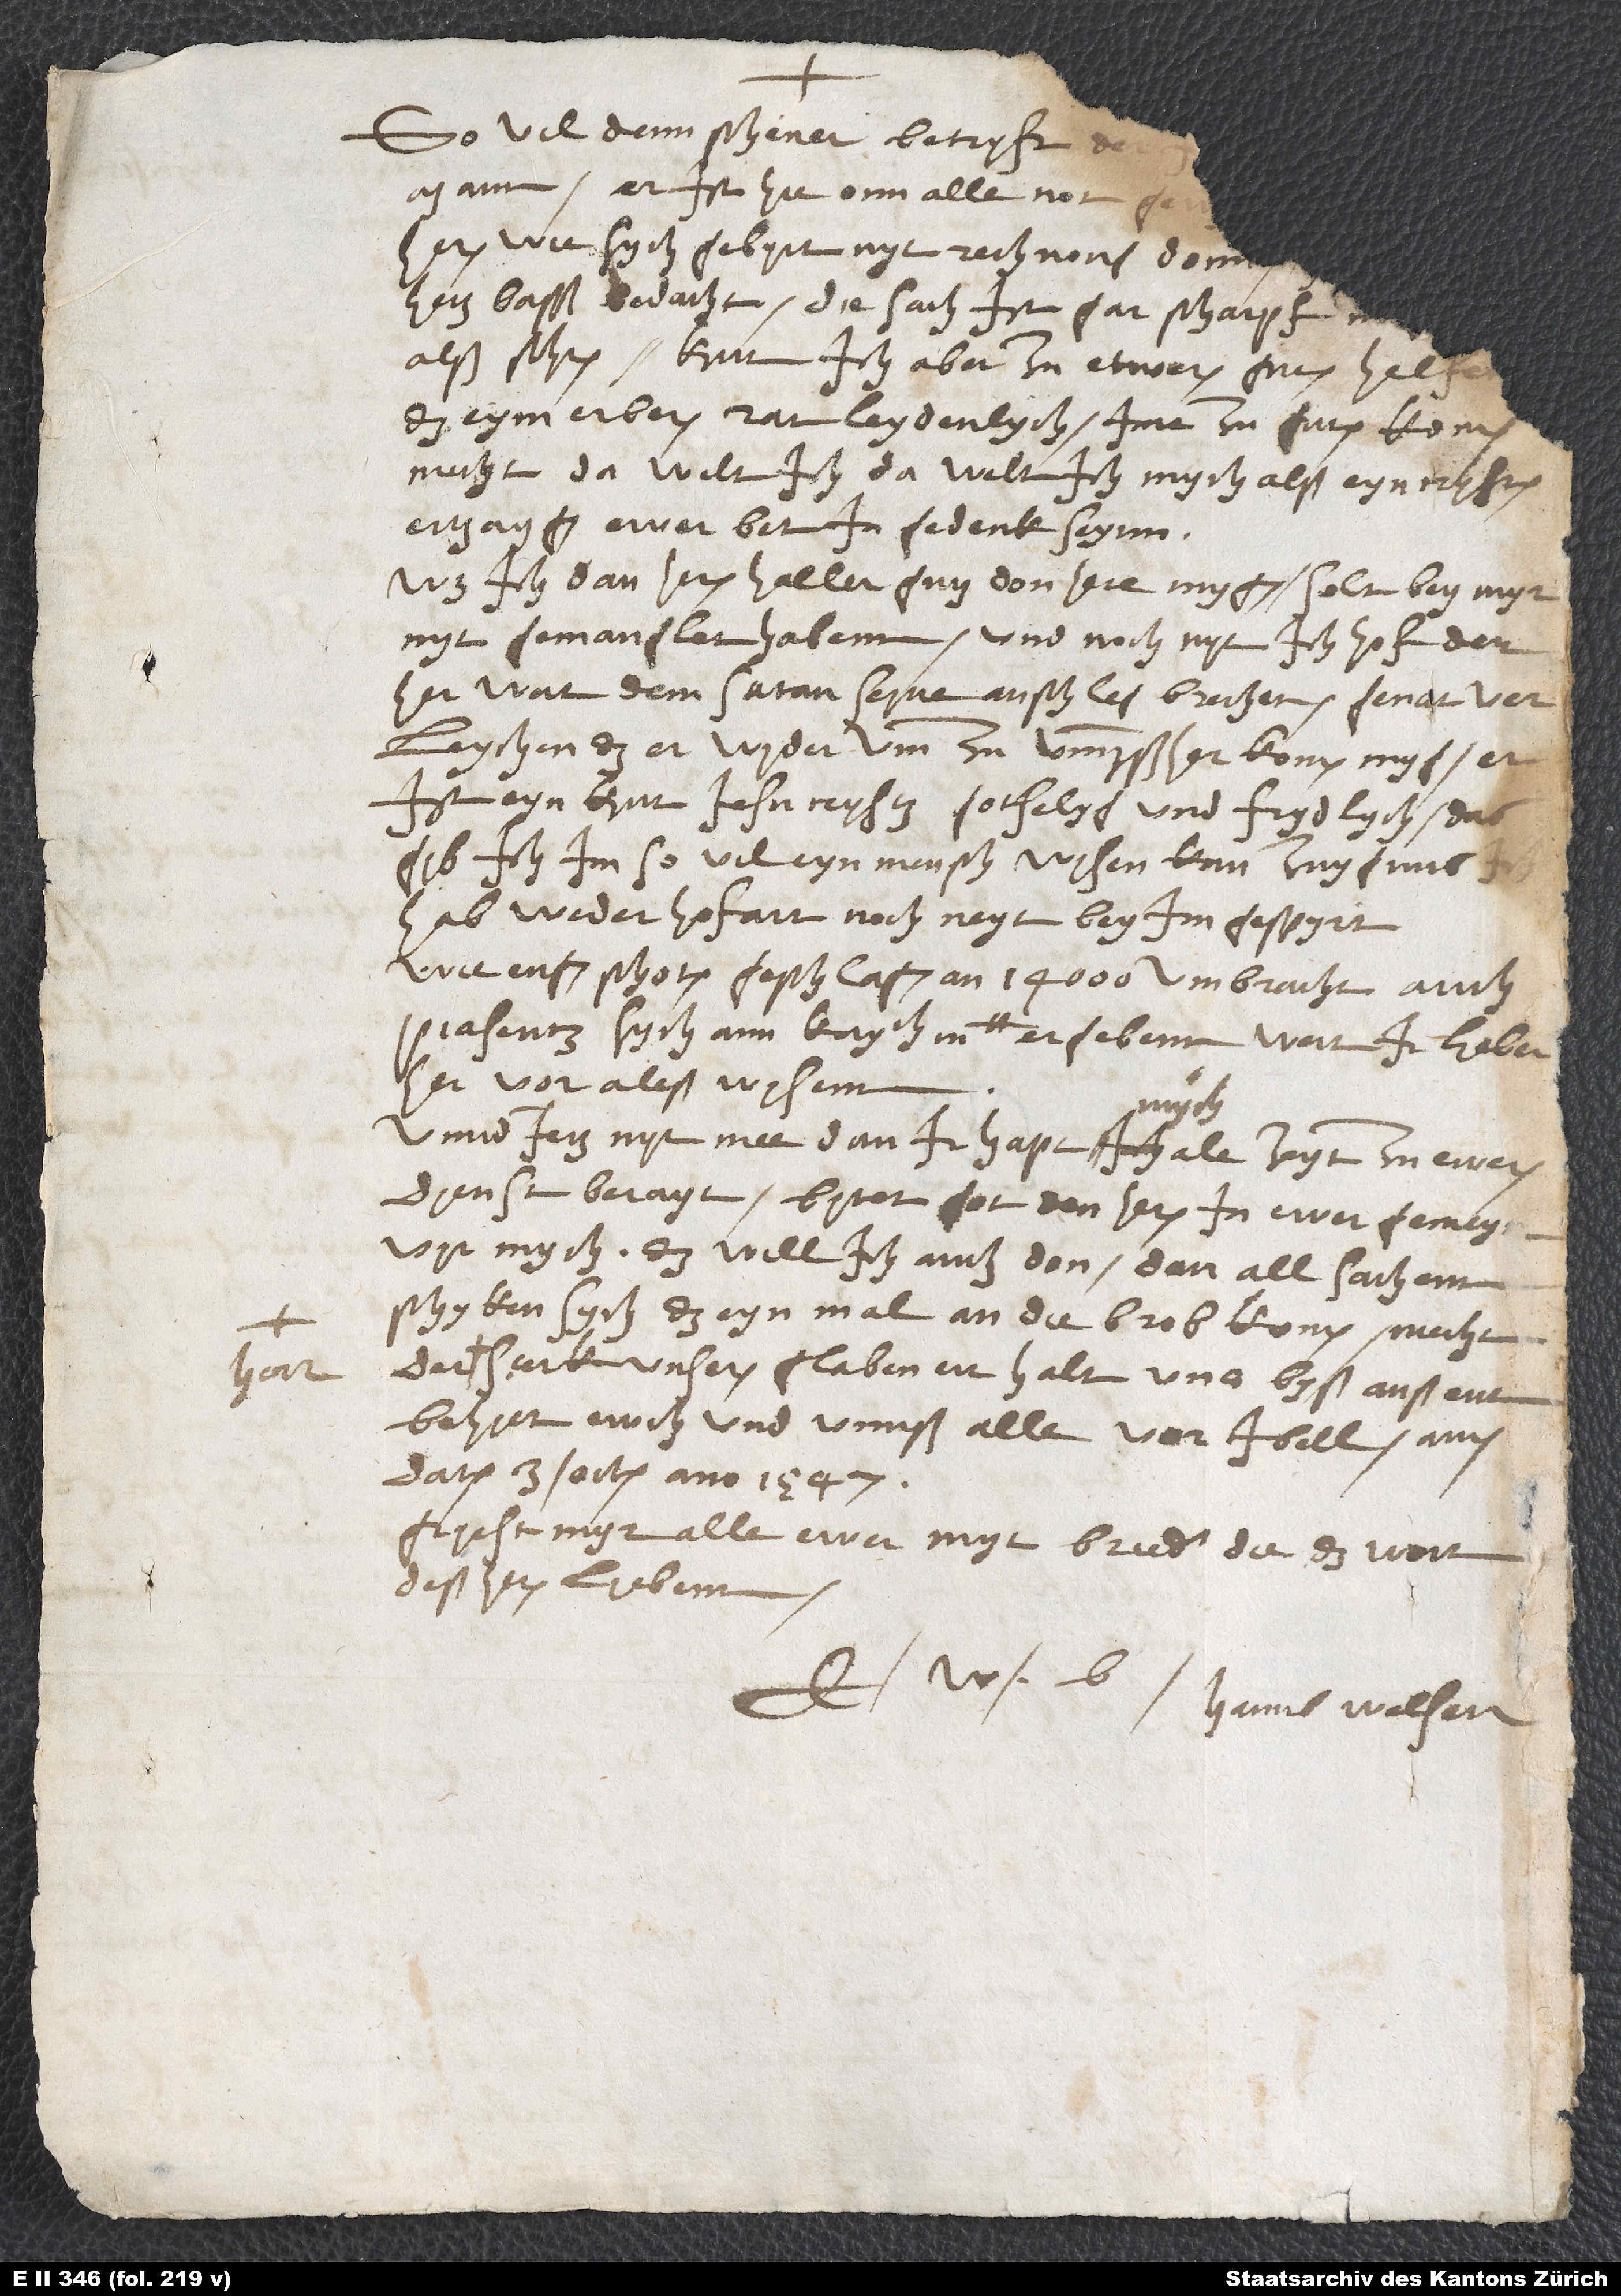
herr

So vil denn Schener betryft, de
alß schrieben. Kint ich aber zu etwaren gutem helfen,
das eym erberen rat leydenlych ime zu gutem komen
ertzaygen, ewer bit ingedenk seynn.
Was ich dan heren Haller gutz don hete mygen, solt bey myr
nyt gemanglet habenn und noch nyt. Ich hof, der
her wert dem satan seine anschleg brechen, genat verleychen,
ist eyn kint Jesu Crysti, gotselyg und frydlych. Das
gib ich im (so vil eyn mensch wisen kan) zuygnus.
hab weder hofart noch neyt bey im gespyrt.
Wie England Schottland geschlagen, an 14’000 umbracht, auch
Piasentz sych ann kaytt ergebenn, wert ir haben
hervor aleß wisenn.
Unnd jetz nyt mee, dann ir hapt mych ale zeyt zu ewern
dienst berayt. Bitet got den heren in ewer gemeynn
vir mych. Das will ich auch don, dan all sachenn
schyken sych, das eynmal an die brob komen mecht.
sterk unseren glaben, errhalt uns byß anß ent,
behiet ewch und unnß alle vor ibell! Amen.
Datum 3. octobris ano 1547.
Griest myr alle ewer mytbruder, die das wort
deß heren liebenn.
E Hanns Welser.